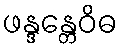
ဖန္ဒန္တေဝိဓ